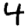
Digit: 4